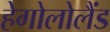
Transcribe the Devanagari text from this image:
हेगोलोलैंड